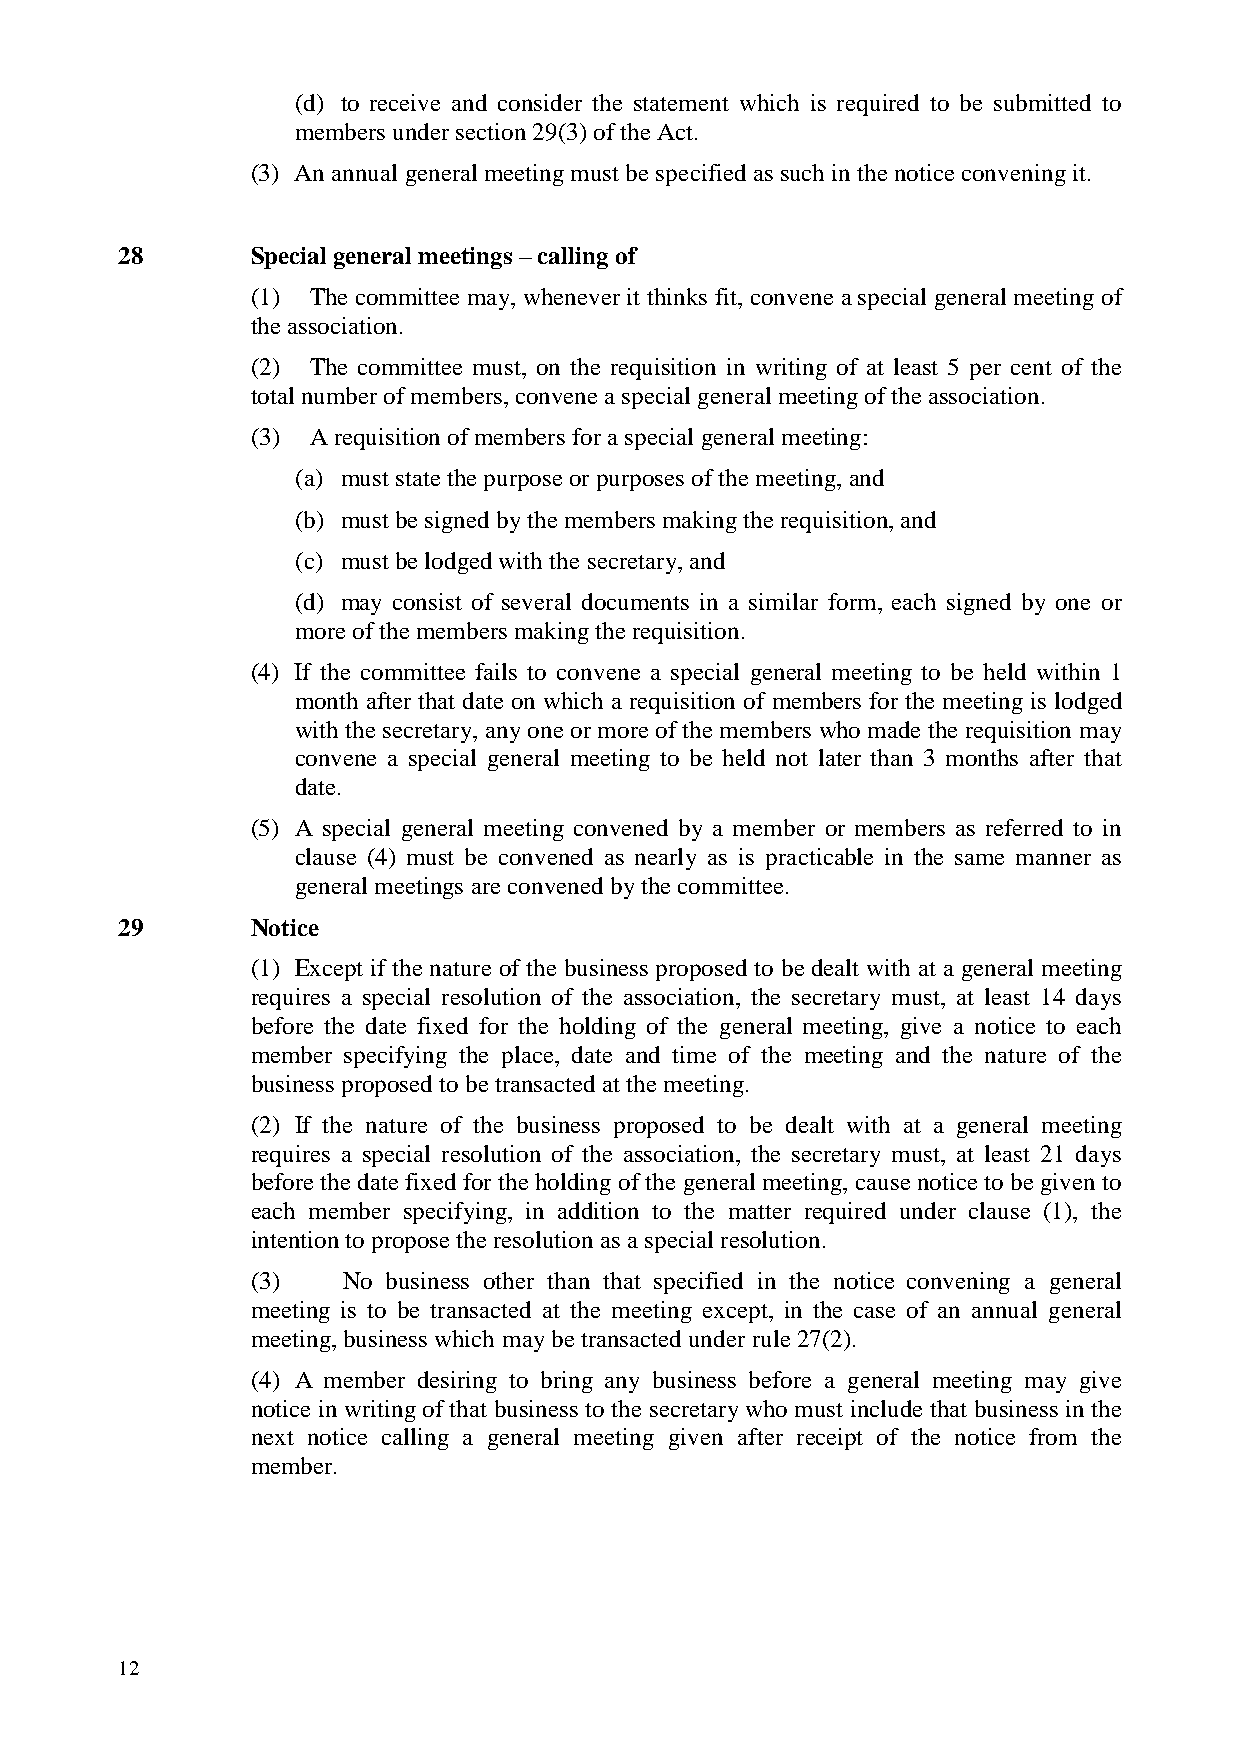
(d) to receive and consider the statement which is required to be submitted to
 members under section 29(3) of the Act.
 (3) An annual general meeting must be specified as such in the notice convening it.
 28       Special general meetings – calling of
 (1) The committee may, whenever it thinks fit, convene a special general meeting of
 the association.
 (2) The committee must, on the requisition in writing of at least 5 per cent of the
 total number of members, convene a special general meeting of the association.
 (3) A requisition of members for a special general meeting:
 (a) must state the purpose or purposes of the meeting, and
 (b) must be signed by the members making the requisition, and
 (c) must be lodged with the secretary, and
 (d) may consist of several documents in a similar form, each signed by one or
 more of the members making the requisition.
 (4) If the committee fails to convene a special general meeting to be held within 1
 month after that date on which a requisition of members for the meeting is lodged
 with the secretary, any one or more of the members who made the requisition may
 convene a special general meeting to be held not later than 3 months after that
 date.
 (5) A special general meeting convened by a member or members as referred to in
 clause (4) must be convened as nearly as is practicable in the same manner as
 general meetings are convened by the committee.
 29       Notice
 (1) Except if the nature of the business proposed to be dealt with at a general meeting
 requires a special resolution of the association, the secretary must, at least 14 days
 before the date fixed for the holding of the general meeting, give a notice to each
 member specifying the place, date and time of the meeting and the nature of the
 business proposed to be transacted at the meeting.
 (2) If the nature of the business proposed to be dealt with at a general meeting
 requires a special resolution of the association, the secretary must, at least 21 days
 before the date fixed for the holding of the general meeting, cause notice to be given to
 each member specifying, in addition to the matter required under clause (1), the
 intention to propose the resolution as a special resolution.
 (3)   No business other than that specified in the notice convening a general
 meeting is to be transacted at the meeting except, in the case of an annual general
 meeting, business which may be transacted under rule 27(2).
 (4) A member desiring to bring any business before a general meeting may give
 notice in writing of that business to the secretary who must include that business in the
 next notice calling a general meeting given after receipt of the notice from the
 member.
 12